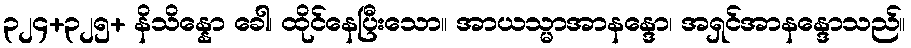
၃၂၄+၃၂၅+ နိသိန္နော ခေါ၊ ထိုင်နေပြီးသော။ အာယသ္မာအာနန္ဒော၊ အရှင်အာနန္ဒောသည်။